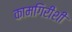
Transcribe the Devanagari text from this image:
कामगिरीशी